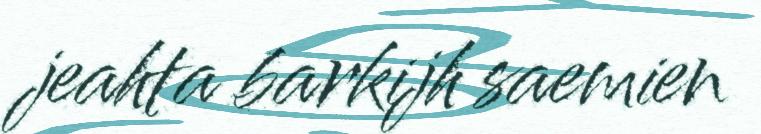
jeahta barkijh saemien